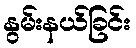
နွမ်းနယ်ခြင်း